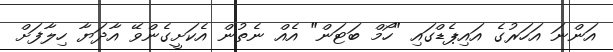
އަންނަ އަހަރުގެ އައިޕެޑްގައި "ހޯމް ބަޓަން" އެއް ނެތުން އެކަށީގެންވޭ އާދަޔާ ހިލާފަށް